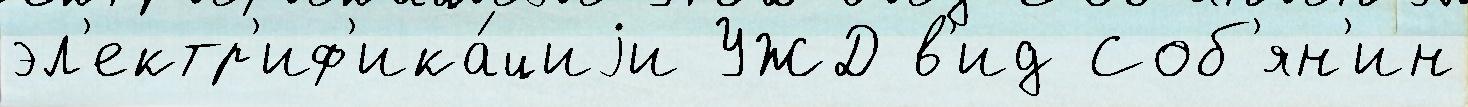
эл'ектр'иф'ика́циjи УЖД в'ид Соб'ян'ин